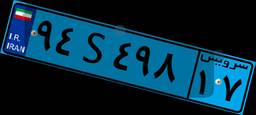
۱۵S۴۱۶۰۵